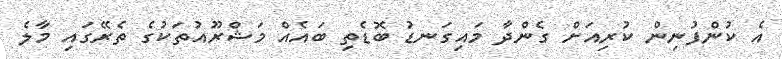
އެ ކުންފުނިން ކުރިއަށް ގެންދާ މައިގަނޑު ބޮޑެތި ބައެއް މަޝްރޫއުތަކުގެ ތެރޭގައި މާލެ